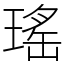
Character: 瑤